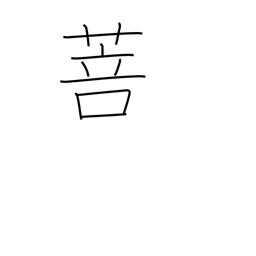
Meaning: kind of grass